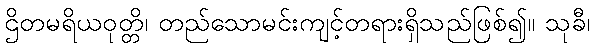
ဌိတမရိယဝုတ္တိ၊ တည်သောမင်းကျင့်တရားရှိသည်ဖြစ်၍။ သုခီ၊